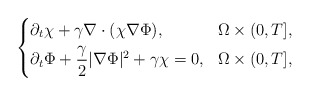
\begin{align*} \left\{\begin{aligned} & \partial_t\chi+\gamma\nabla\cdot(\chi\nabla\Phi), & \Omega\times(0,T], \\ & \partial_t\Phi+\frac{\gamma}{2}\lvert\nabla\Phi\rvert^2+\gamma\chi=0, & \Omega\times(0,T], \end{aligned}\right.\end{align*}